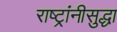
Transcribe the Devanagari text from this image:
राष्ट्रांनीसुद्धा